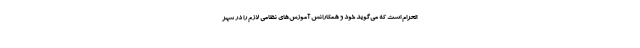
الحرام است که می‌گوید خود و همکارانش آموزش‌های نظامی لازم را در شهر